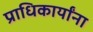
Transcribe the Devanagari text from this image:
प्राधिकार्यांना